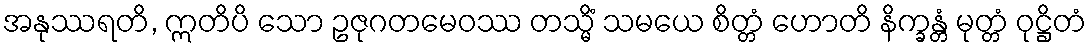
အနုဿရတိ, ဣတိပိ သော ဥဇုဂတမေဝဿ တသ္မိံ သမယေ စိတ္တံ ဟောတိ နိက္ခန္တံ မုတ္တံ ဝုဋ္ဌိတံ